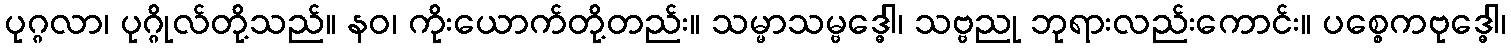
ပုဂ္ဂလာ၊ ပုဂ္ဂိုလ်တို့သည်။ နဝ၊ ကိုးယောက်တို့တည်း။ သမ္မာသမ္ဗဒ္ဓေါ၊ သဗ္ဗညု ဘုရားလည်းကောင်း။ ပစ္စေကဗုဒ္ဓေါ၊